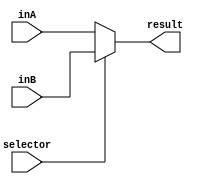
	module MUX2Bits(
		input [1:0] inA, 
		input [1:0] inB,
		input selector,

		output reg [1:0] result
	);

		always @(*) begin
		if(selector == 0)
				result <=inA;
			else
				result <= inB;
		end
	endmodule